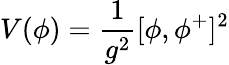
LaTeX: V(\phi)={\frac{1}{g^{2}}}[\phi,\phi^{+}]^{2}